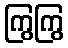
ကြွကြွ